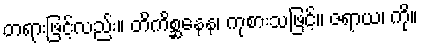
တရားဖြင့်လည်း။ တိကိစ္ဆနေန၊ ကုစားသဖြင့်။ ဇရာယ၊ ကို။